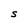
Character: S